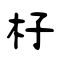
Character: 杍